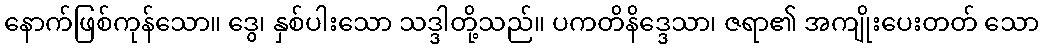
နောက်ဖြစ်ကုန်သော။ ဒွေ၊ နှစ်ပါးသော သဒ္ဒါတို့သည်။ ပကတိနိဒ္ဒေသာ၊ ဇရာ၏ အကျိုးပေးတတ် သော